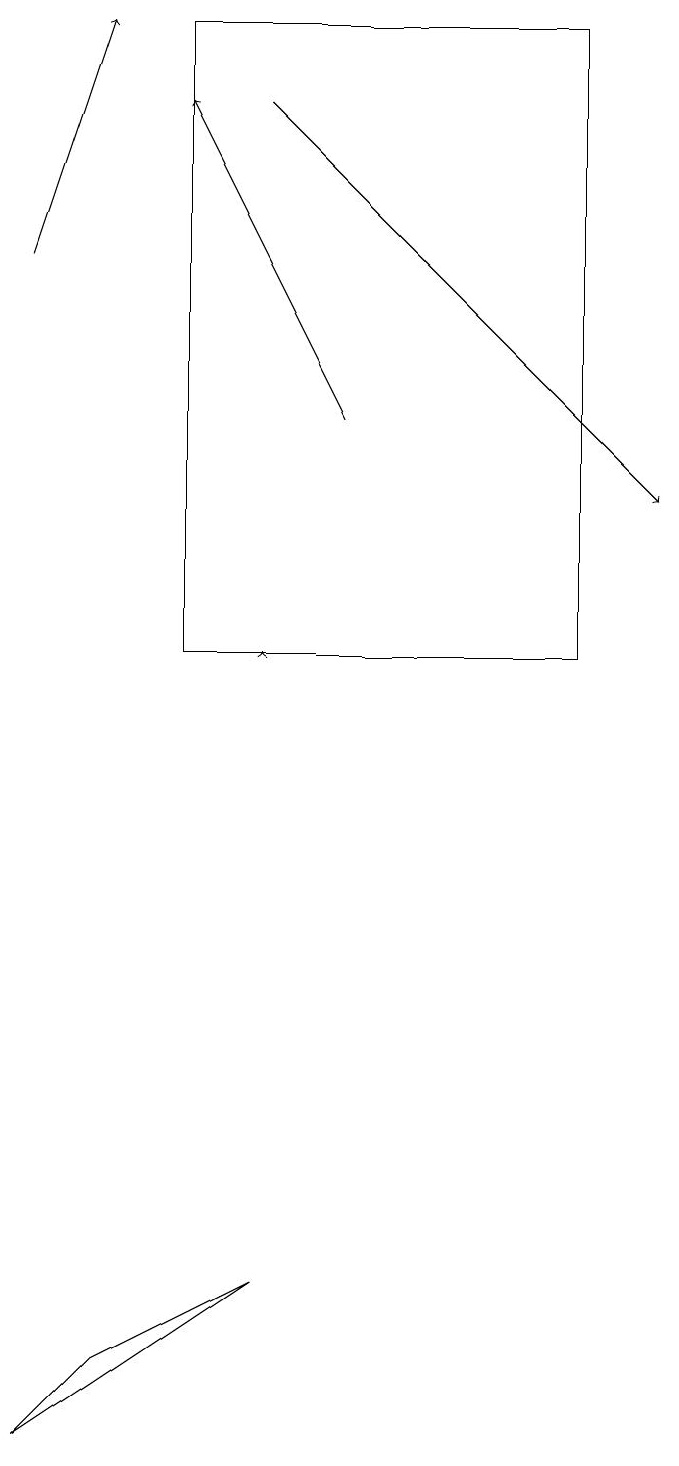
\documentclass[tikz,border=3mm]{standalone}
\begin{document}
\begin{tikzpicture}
\draw[->] (5,14) -- (3,18);
\draw[->] (1,16) -- (2,19);
\draw (3,19) rectangle (8,11);
\draw[->] (4,11) -- (4,11);
\draw[->] (4,18) -- (9,13);
\draw (2,2) -- (4,3) -- (1,1) -- cycle;
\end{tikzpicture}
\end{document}